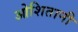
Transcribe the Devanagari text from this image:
ओशितानी